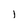
Character: 1